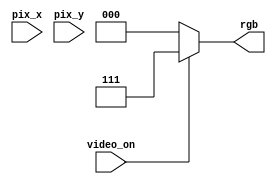
module test
(
	input wire video_on,
	input wire [10:0] pix_x,pix_y,
	output reg [2:0] rgb
	);

	always @(*)
		if (~video_on)
			rgb=3'b000;
		else
			rgb=3'b111;
endmodule